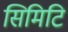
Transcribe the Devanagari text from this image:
सिमिटि